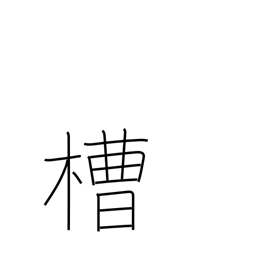
Meaning: vat